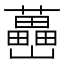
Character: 𡿉